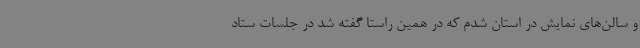
و سالن‌های نمایش در استان شدم که در همین راستا گفته شد در جلسات ستاد